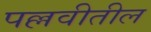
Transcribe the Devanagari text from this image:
पल्लवीतील